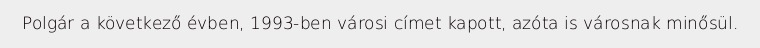
Polgár a következő évben, 1993-ben városi címet kapott, azóta is városnak minősül.